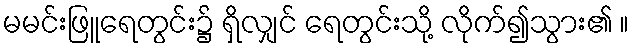
မမင်းဖြူရေတွင်း၌ ရှိလျှင် ရေတွင်းသို့ လိုက်၍သွား၏ ။